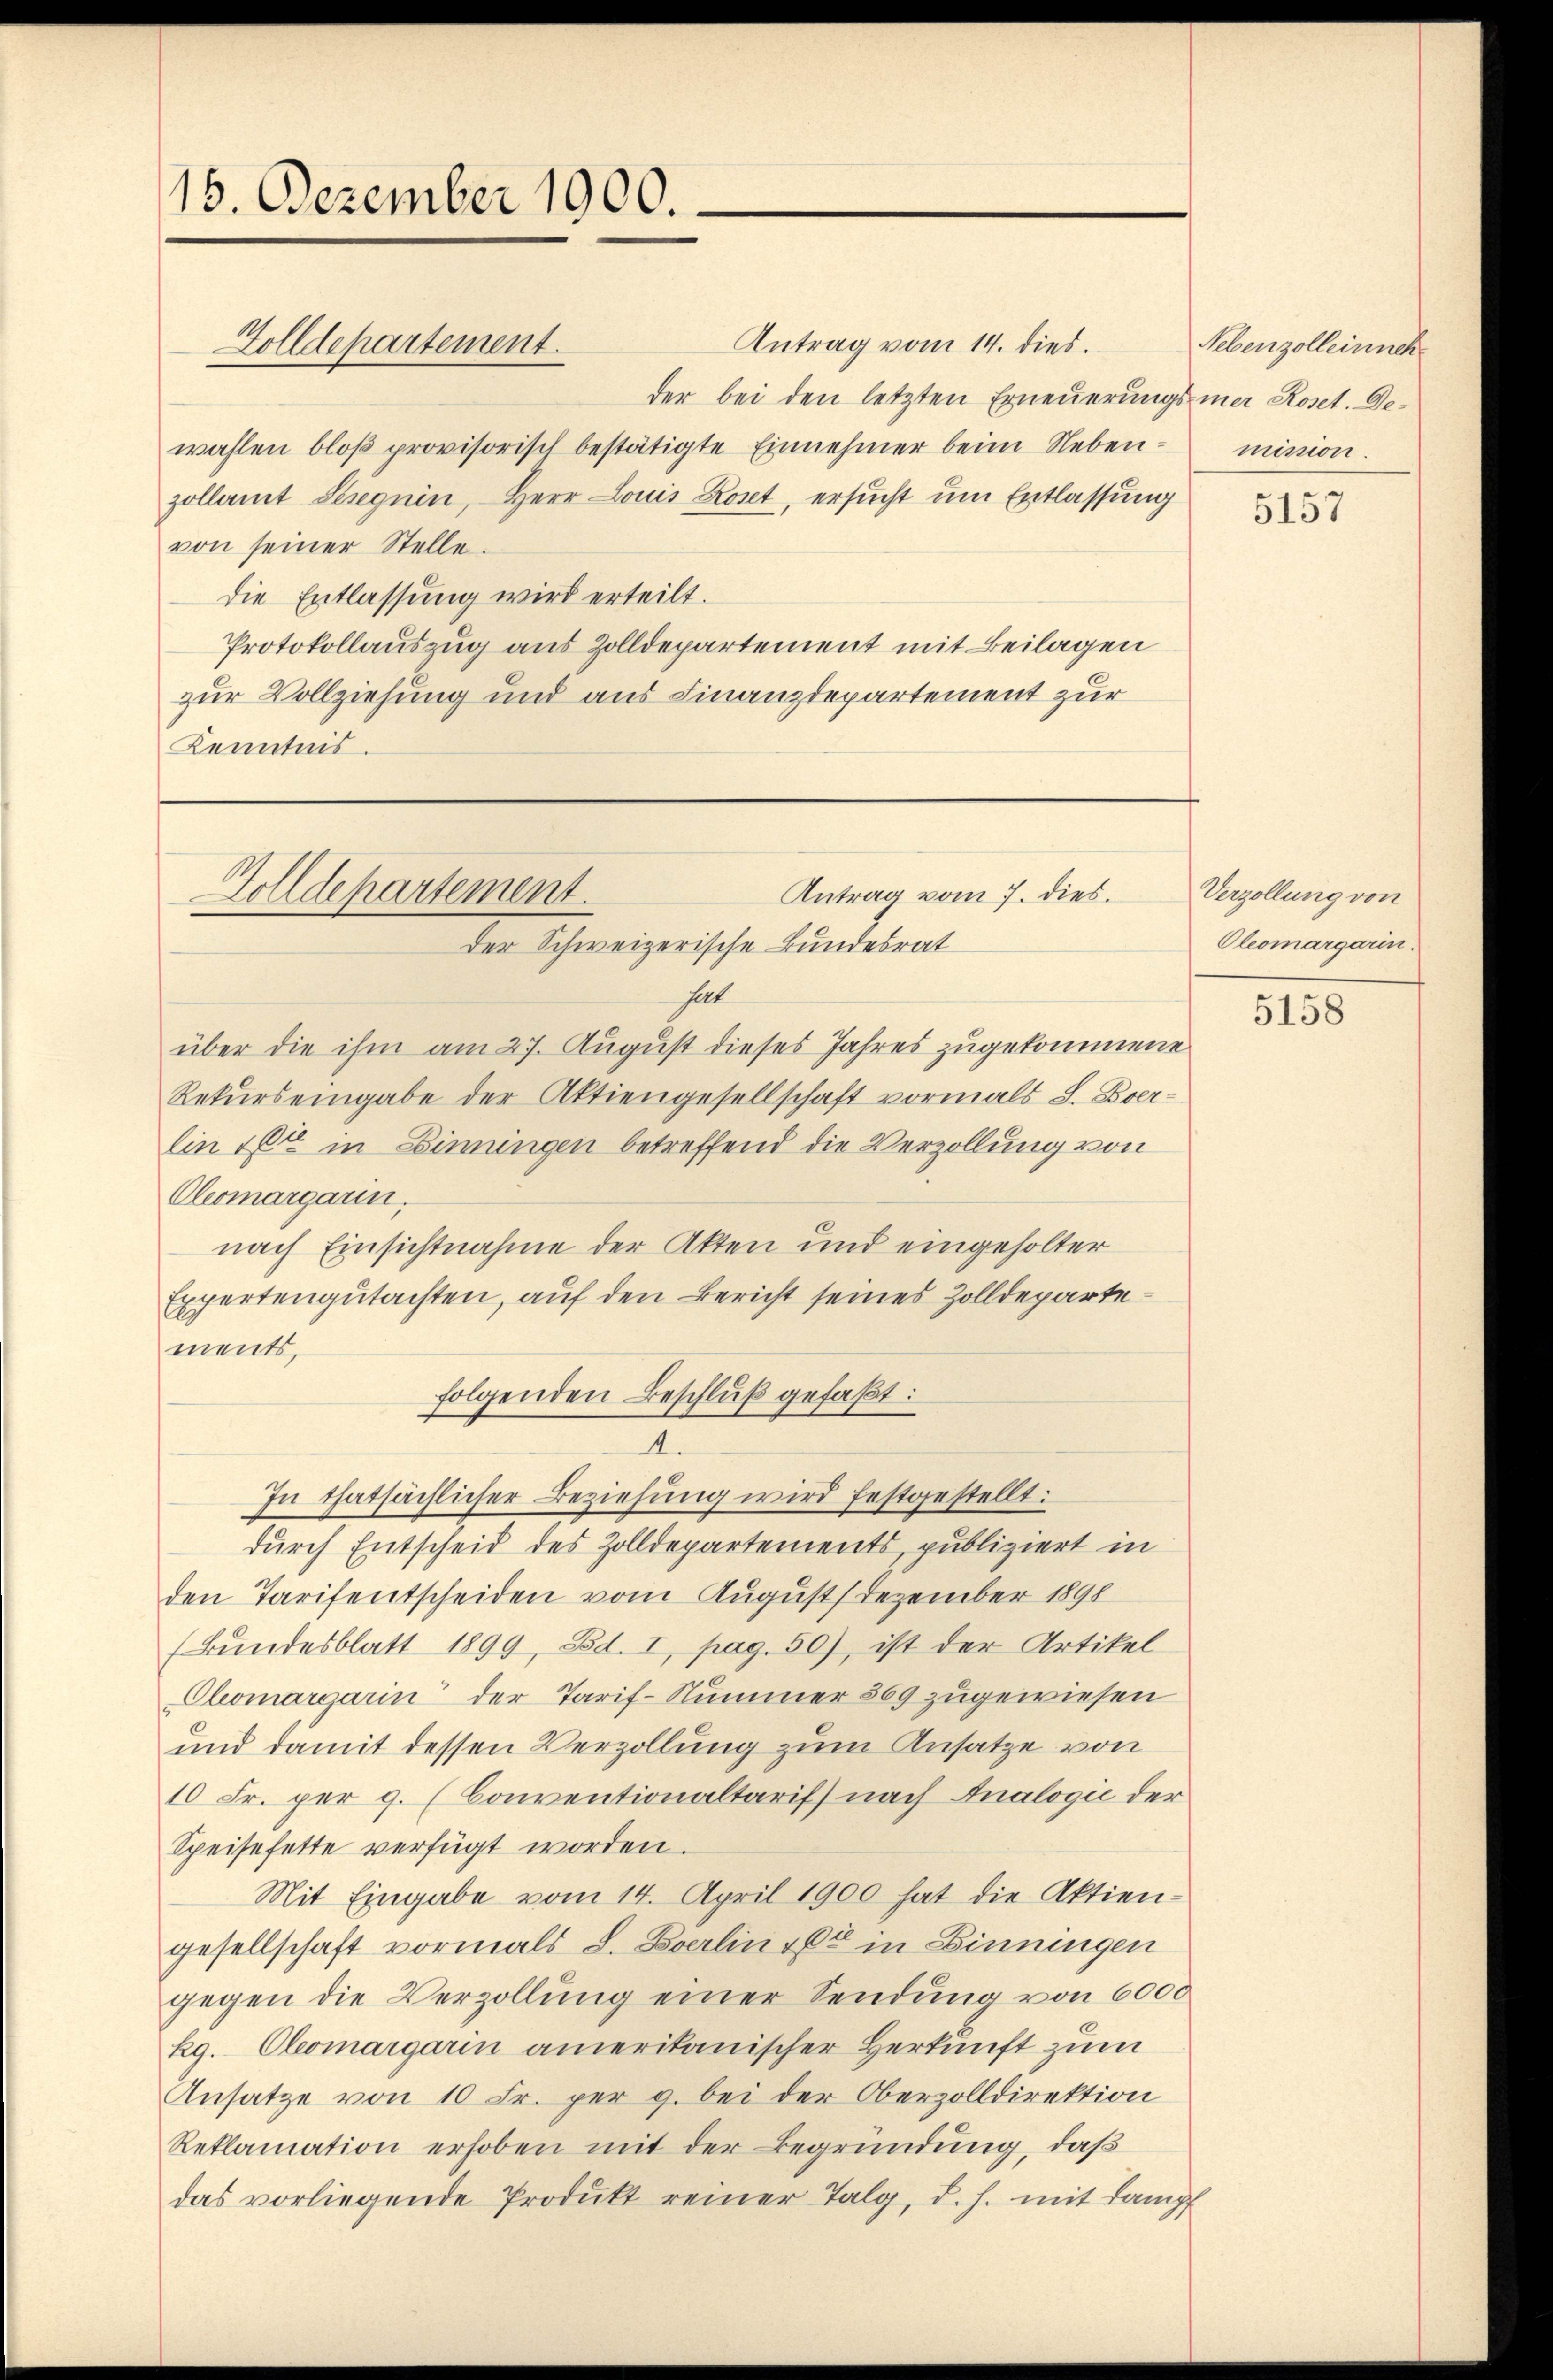
15. Dezember 1900.

Antrag vom 14. dies.
der bei den letzten Erneuerungsmar Roset. Dewahlen bloß provisorisch bestätigte Einnehmer beim Nebenzollamt Seegnin, Herr Louis Roset, ersucht um Entlassung
von seiner Stelle.
die Entlassung wird erteilt.
Protokollauszug aus Zolldepartement mit Beilagen
zur Vollziehung und aus Finanzdepartement zur
Kenntnis.

Golldepartement.

Antrag vom 7. dies.
Golldepartement.
der Schweizerische Bundesrat

hat
über die ihm am 27. August dieses Jahres zugekommene
Rekurs eingabe der Aktiengesellschaft vormals S. Ever¬
Ein Elter in Einningen betreffend die Verzollung von
Olermargarin.
nach Einsichtnahme der Akten und eingeholter
Expertengutachten, auf den Bericht seines Zolldepartements,
folgenden Beschluß gefaßt:
4.
In thatsächlicher Beziehung wird festgestellt:
durch Entscheid des Zolldepartements, publiziert in
den Tarifentscheiden vom August. Dezember 1898
(Bundesblatt 1899, Bd. I, pag. 50), ist der Artikel
Oleomargarin der Tarif-Nummer 869 zugewiesen
und damit dessen Verzollung zum Ansätze von
10 Fr. per 9. (Conventionaltarif nach Analogie der
Speisefette verfügt worden.
Mit Eingabe vom 14. April 1900 hat die Aktien-
gesellschaft vormals L. Berlin 166 in Binningen
gegen die Verzollŭng einer Sendung von 6000
kg. Oleomargarin amerikanischer Herkunft zum
Ansatze von 10 Fr. per g. bei der Oberzolldirektion
Reklamation erhoben mit der Begründung, daß
das vorliegende Produkt reiner Talg, d. h. mit Lampf

Nebenzolleinsch
mission.

5157

Verzollung von
Oleomargarin.

5158